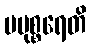
ပမုစ္စရေတိ